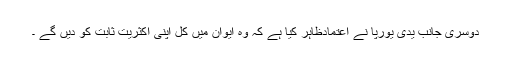
دوسری جانب یدی یورپا نے اعتمادظاہر کیا ہے کہ وہ ایوان میں کل اپنی اکثریت ثابت کو دیں گے ۔